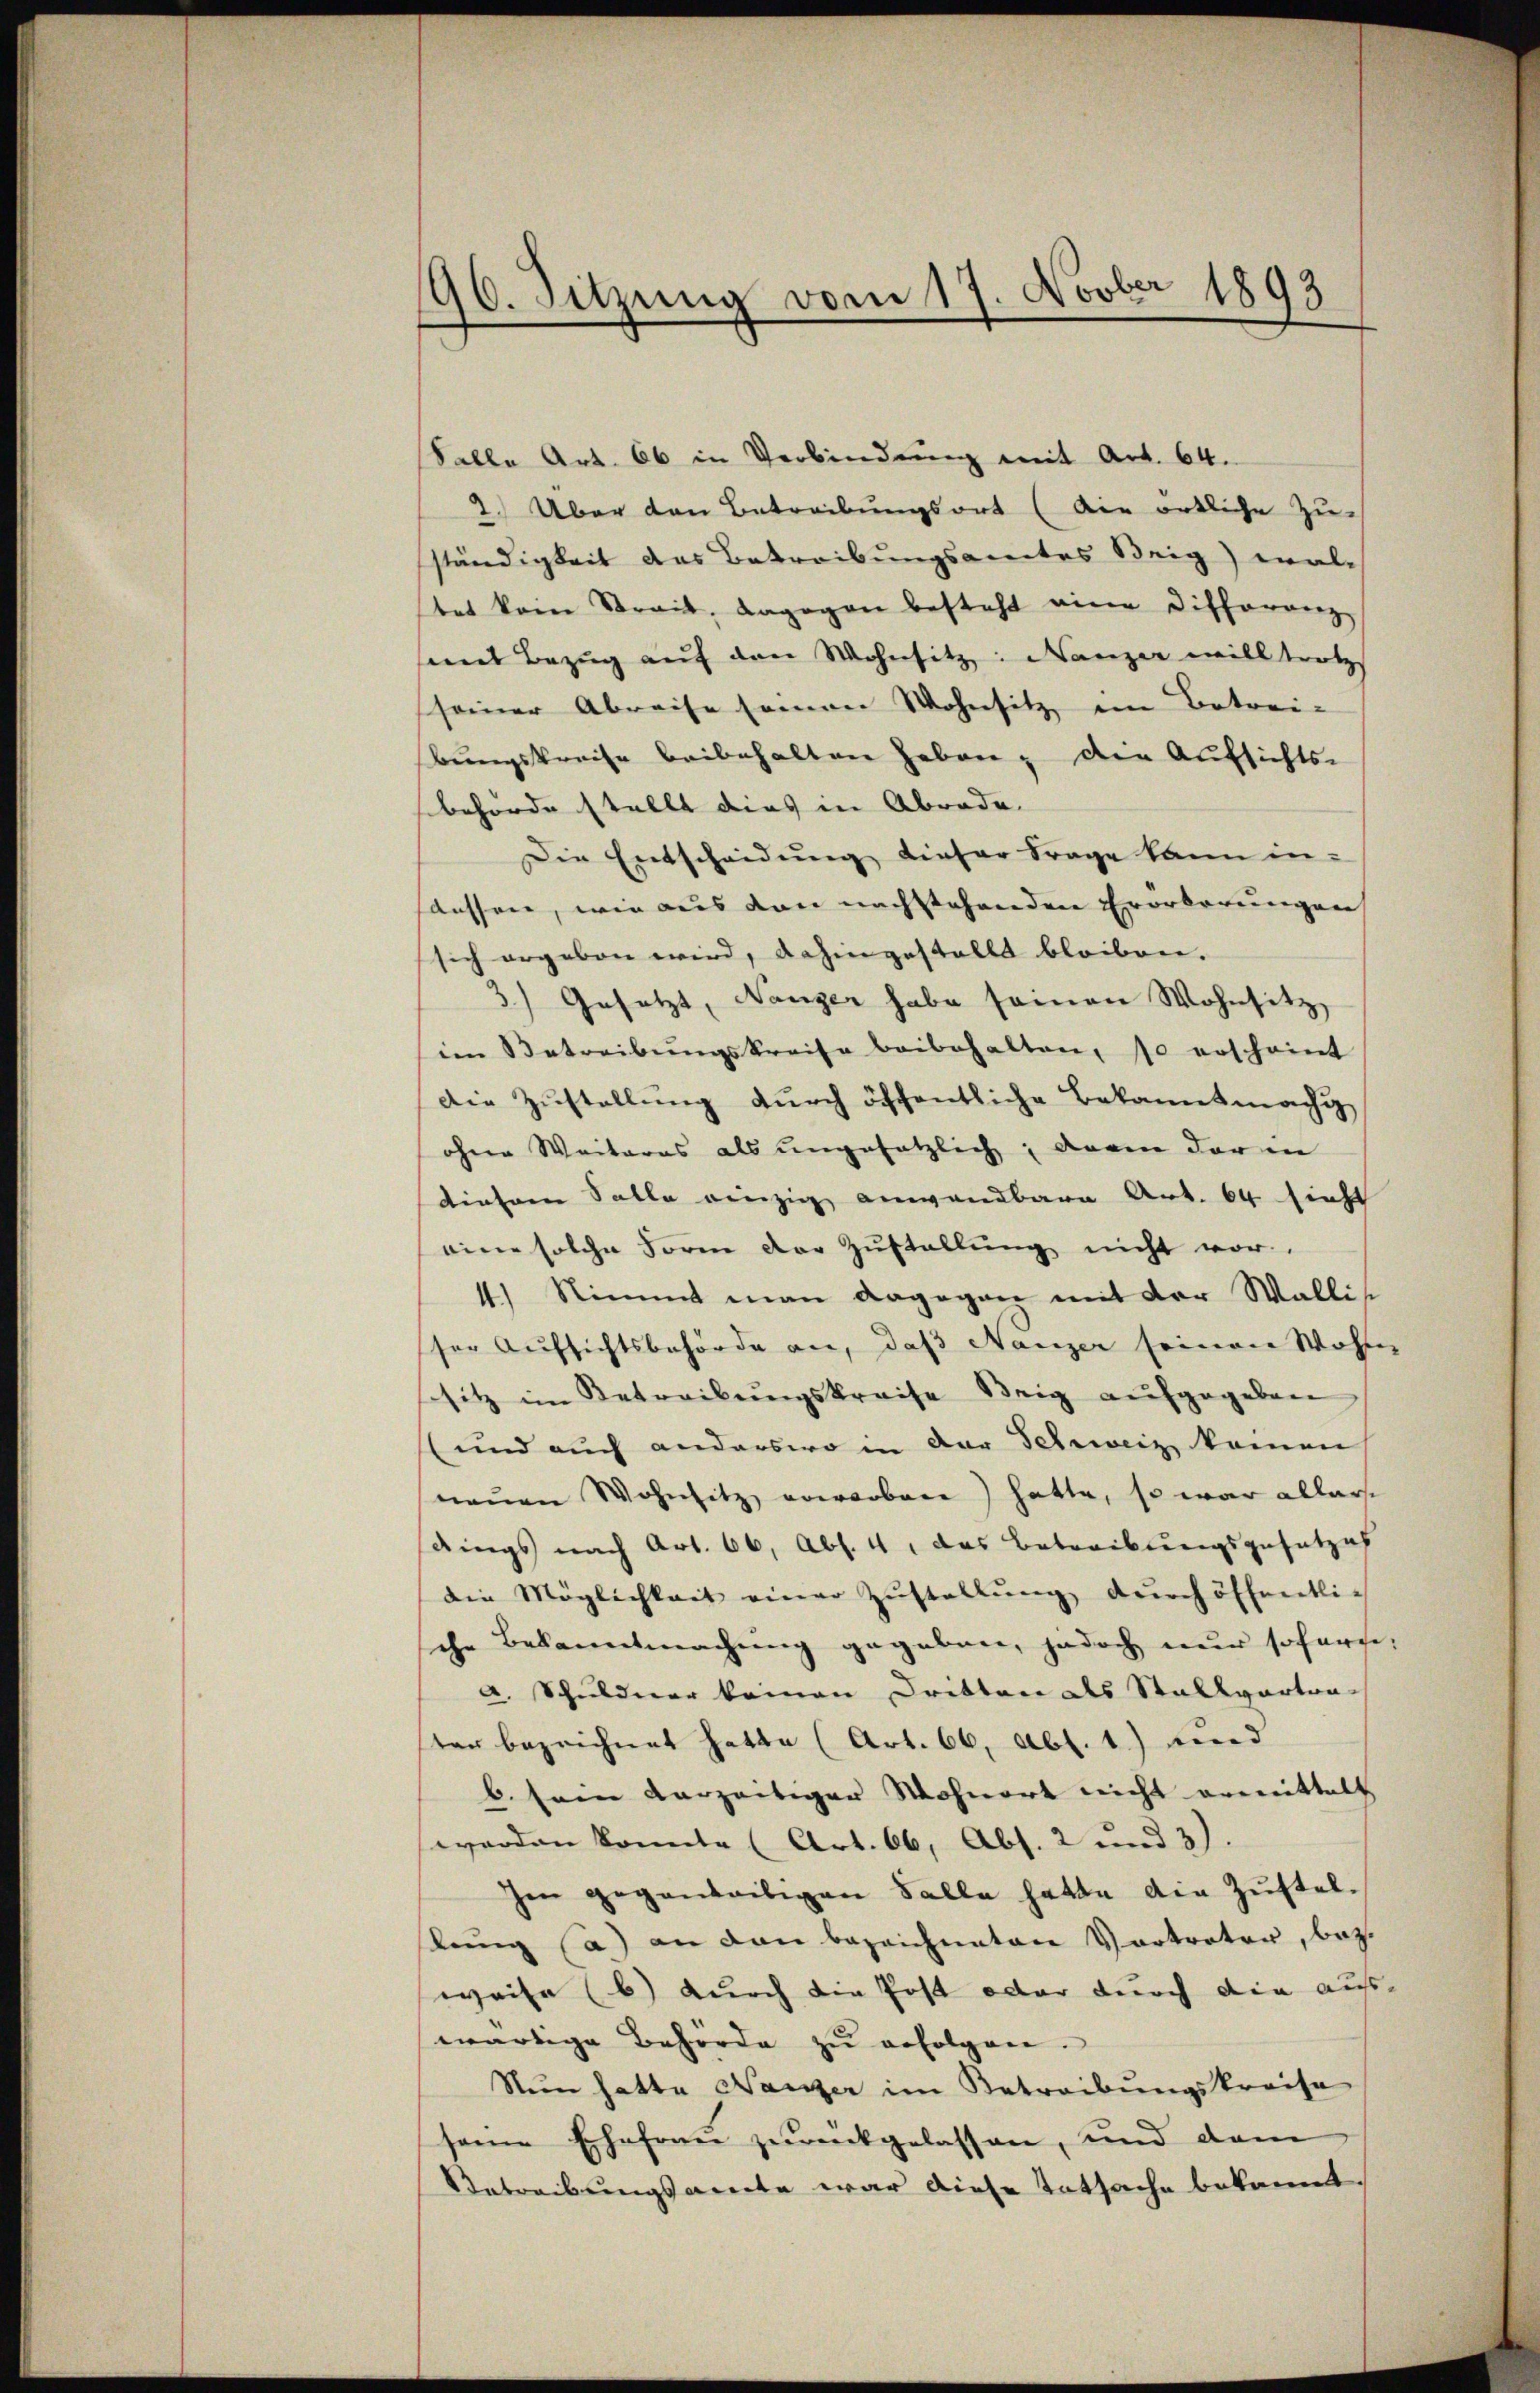
96. Sitzung vom 17. Novber 1893

Falle Art. 66 in Verbindung mit Art. 64.
2. Über den Betreibungsort (die örtliche Zuständigkeit das Betreibungsamtes Weig) wal-
tet kam Streit, dagegen besteht eine Differanz-
mit Bezug auf den Wohnsitze: Nanzer will trotz
seiner Abreise seien Wohnsitz ein Betrei-
bungskreise beibehalten haben, die Aufsichts-
behörde stellt dies in Abrade
Die Entscheidung dieser Frage kann in
dessen, wie aus den nachstehenden Erorderungen
sich ergeben wird, dahingestallt bleiben.
3.) Gesetzt, Nanger habe seinen Wohnsitz
im Betreibŭngskreise beibehalten, so erscheint
Die Zustellung durch öffentliche Bekanntmachi
ohne Weiteres als ungesetzlich, darin der in
diesem Solle einzig anwendbare Art. 64 sicht
eine solche Form der Zustellung nicht vor
1) Nimmt man dagegen mit der Wallis
ser Aufsichtsbehörde an, daß Nanzer seinen Wohn-
sitz im Betreibŭngskreise Beig aufgegeben
(und auch anderswo in der Schweiz kommen
neŭen Wohnsitz erworbene) hatte, so war allerst
dings nach Art. 66, Abs. 4. das Betreibungsgesetzes
die Möglichkeit einer Zŭstellŭng dŭrch öffentlich
sche Bekanntmachung gegeben, jedoch nur sofern,
a. Schuldner keinen Dritten als Stallgartrater bezeichnet hatte (Art. 66, Abs. 1) und
b. sein vorzeitiger Wohnort nicht ermittelt
werden konnte (Art. 66, Abs. 2 und 3).
Im gegenseitigen Falle hatte die Zustellung (a) an den bezeichneten Vertreter, bez.
weise (b) durch die Post oder durch die aus-
wärtige Behörde zŭ erfolgen.
Nun hatte Nanzer im Betreibungskreise
seine Erhahren zurückgelassen, und dam
Aetreibungsamte war diese Tatsache bekannt